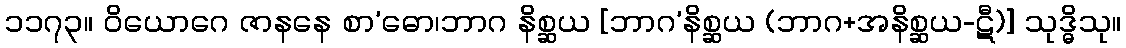
၁၁၇၃။ ဝိယောဂေ ဇာနနေ စာ’ဓော၊ဘာဂ နိစ္ဆယ [ဘာဂ’နိစ္ဆယ (ဘာဂ+အနိစ္ဆယ-ဋီ)] သုဒ္ဓိသု။